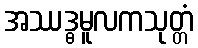
အဿဒ္ဓမူလကသုတ္တံ